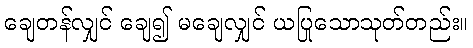
ချေတန်လျှင် ချေ၍ မချေလျှင် ယပြုသောသုတ်တည်း။